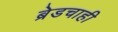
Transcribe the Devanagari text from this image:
ब्रेडचाही